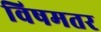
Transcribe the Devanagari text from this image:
विषमतर